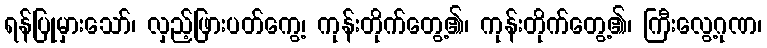
ရန်ပြုမှားသော်၊ လှည့်ဖြားပတ်ကွေ့၊ ကုန်းတိုက်တွေ့၏၊ ကုန်းတိုက်တွေ့၏၊ ကြီးလွေ့ဂုဏ၊